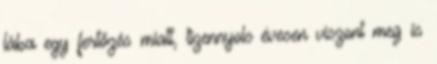
lába egy fertőzés miatt, tizennyolc évesen viszont meg is